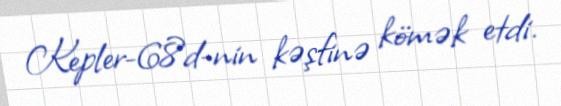
Kepler-68d-nin kəşfinə kömək etdi.